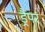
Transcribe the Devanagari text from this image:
ड्रैपर